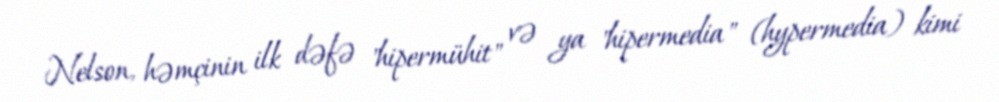
Nelson, həmçinin ilk dəfə "hipermühit" və ya "hipermedia" (hypermedia) kimi